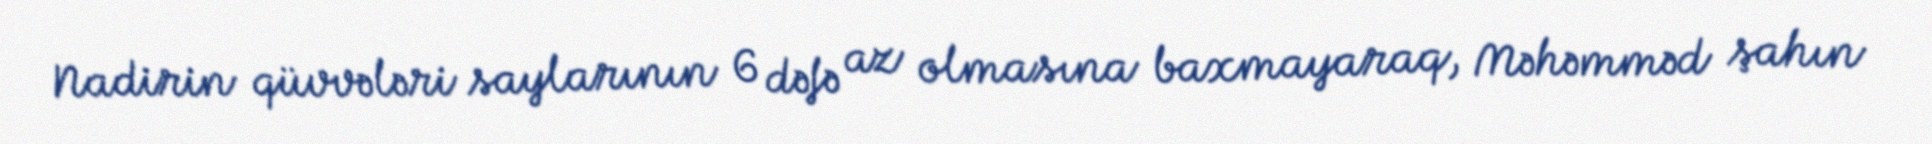
Nadirin qüvvələri saylarının 6 dəfə az olmasına baxmayaraq, Məhəmməd şahın